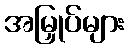
အမြှုပ်များ